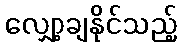
လျှော့ချနိုင်သည့်